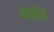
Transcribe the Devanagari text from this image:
गच्छेत्‌